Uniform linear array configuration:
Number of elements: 24
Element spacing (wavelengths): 1
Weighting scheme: binomial
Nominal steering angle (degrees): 0
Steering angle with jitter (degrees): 0.2332
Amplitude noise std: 0.05
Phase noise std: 0.05

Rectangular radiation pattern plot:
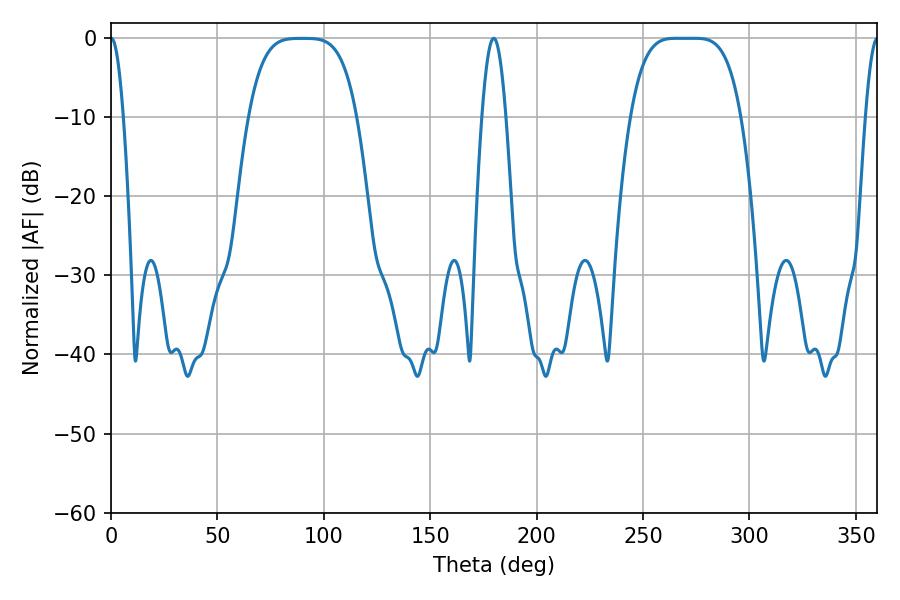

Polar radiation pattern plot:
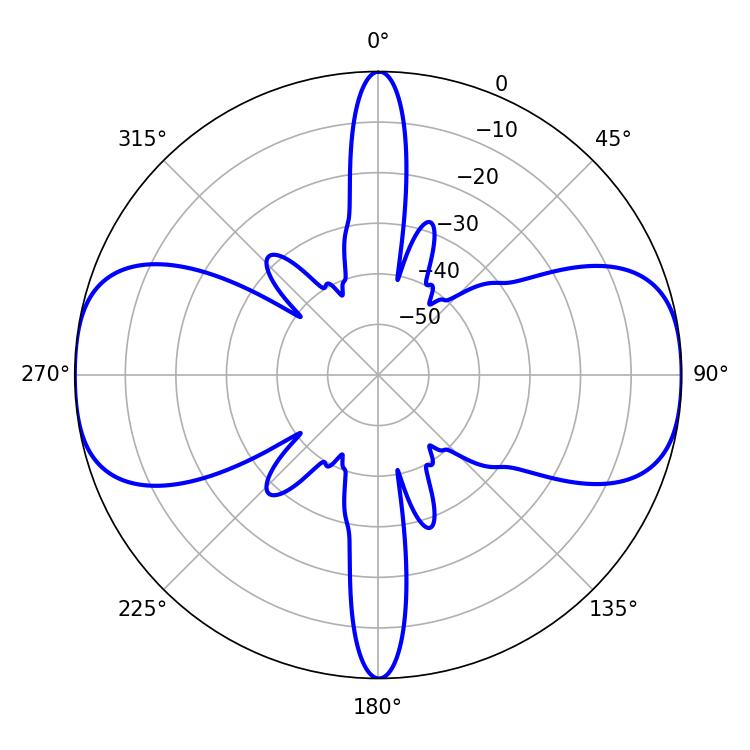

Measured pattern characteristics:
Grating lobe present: TRUE
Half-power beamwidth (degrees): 38.88
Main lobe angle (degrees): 265.68